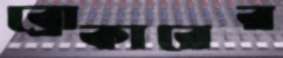
ব্রোকারের